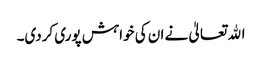
اﷲ تعالیٰ نے ان کی خواہش پوری کردی۔